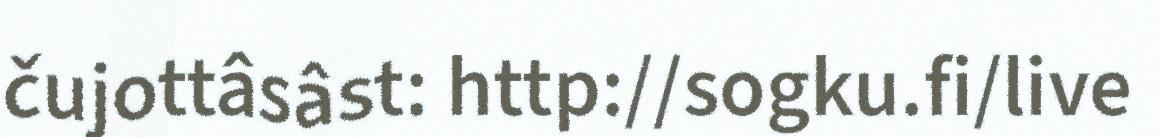
čujottâsâst: http://sogku.fi/live